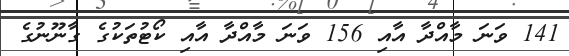
141 ވަނަ މާއްދާ އާއި 156 ވަނަ މާއްދާ އާއި ކޯޓުތަކުގެ ގާނޫނުގެ